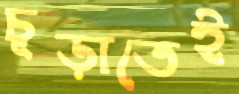
চূড়াতেই